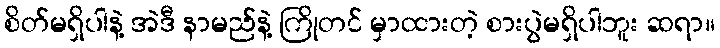
စိတ်မရှိပါနဲ့ အဲဒီ နာမည်နဲ့ ကြိုတင် မှာထားတဲ့ စားပွဲမရှိပါဘူး ဆရာ။